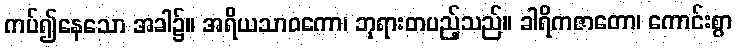
ကပ်၍နေသော အခါ၌။ အရိယသာဝကော၊ ဘုရားတပည့်သည်။ ခါရိကဇာတော၊ ကောင်းစွာ